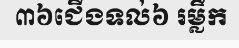
៣៦ជើងទល់៦ រម្លឹក